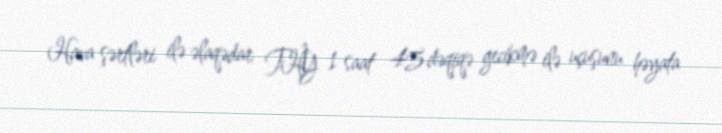
Hava şərtləri ilə əlaqədar THY 1 saat 45 dəqiqə gecikmə ilə uçuşunu həyata